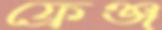
ফ্রেঞ্জ